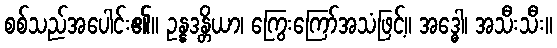
စစ်သည်အပေါင်း၏။ ဥန္နဒန္တိယာ၊ ကြွေးကြော်အသံဖြင့်။ အဒ္ဓေါ၊ အသီးသီး။